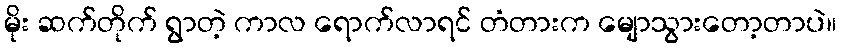
မိုး ဆက်တိုက် ရွာတဲ့ ကာလ ရောက်လာရင် တံတားက မျောသွားတော့တာပဲ။